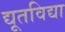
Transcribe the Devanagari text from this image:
द्यूतविद्या